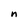
Character: n